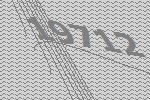
19712